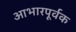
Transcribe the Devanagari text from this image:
आभारपूर्वक